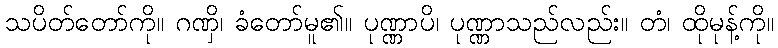
သပိတ်တော်ကို။ ဂဏှိ၊ ခံတော်မူ၏။ ပုဏ္ဏာပိ၊ ပုဏ္ဏာသည်လည်း။ တံ၊ ထိုမုန့်ကို။